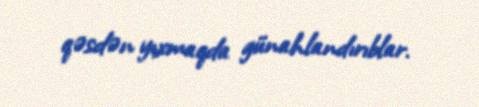
qəsdən yıxmaqda günahlandırıblar.